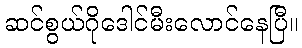
ဆင်စွယ်ဂိုဒေါင်မီးလောင်နေပြီ။